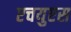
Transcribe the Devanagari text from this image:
एचयुएस